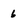
Character: 6